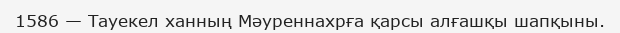
1586 — Тауекел ханның Мәуреннахрға қарсы алғашқы шапқыны.